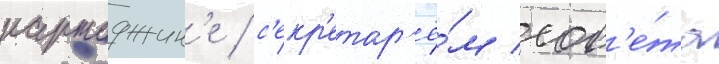
картаджин'е / с'екр'етар'ё́м сов'е́та